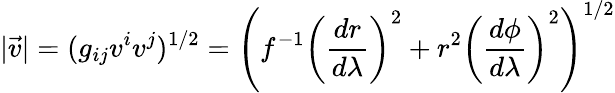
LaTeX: \vert\vec{v}\vert=(g_{ij}v^{i}v^{j})^{1/2}=\left(f^{-1}\left(\frac{dr}{d\lambda}\right)^{2}+r^{2}\left(\frac{d\phi}{d\lambda}\right)^{2}\right)^{1/2}